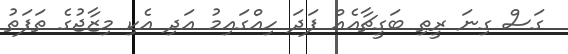
ގަސް ގިނަ ރީތި ބަގީޗާއެއް ފަދަ ހިއްގައިމު އަދި އެކި މިޒާޖުގެ ތަފަތު